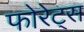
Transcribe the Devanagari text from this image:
फोरेट्स